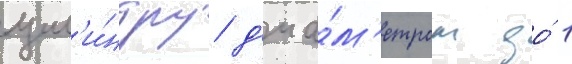
цил'и́ндру д'иа́м'етром до́ 1